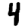
Digit: 4